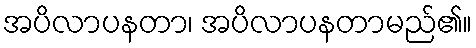
အပိလာပနတာ၊ အပိလာပနတာမည်၏။